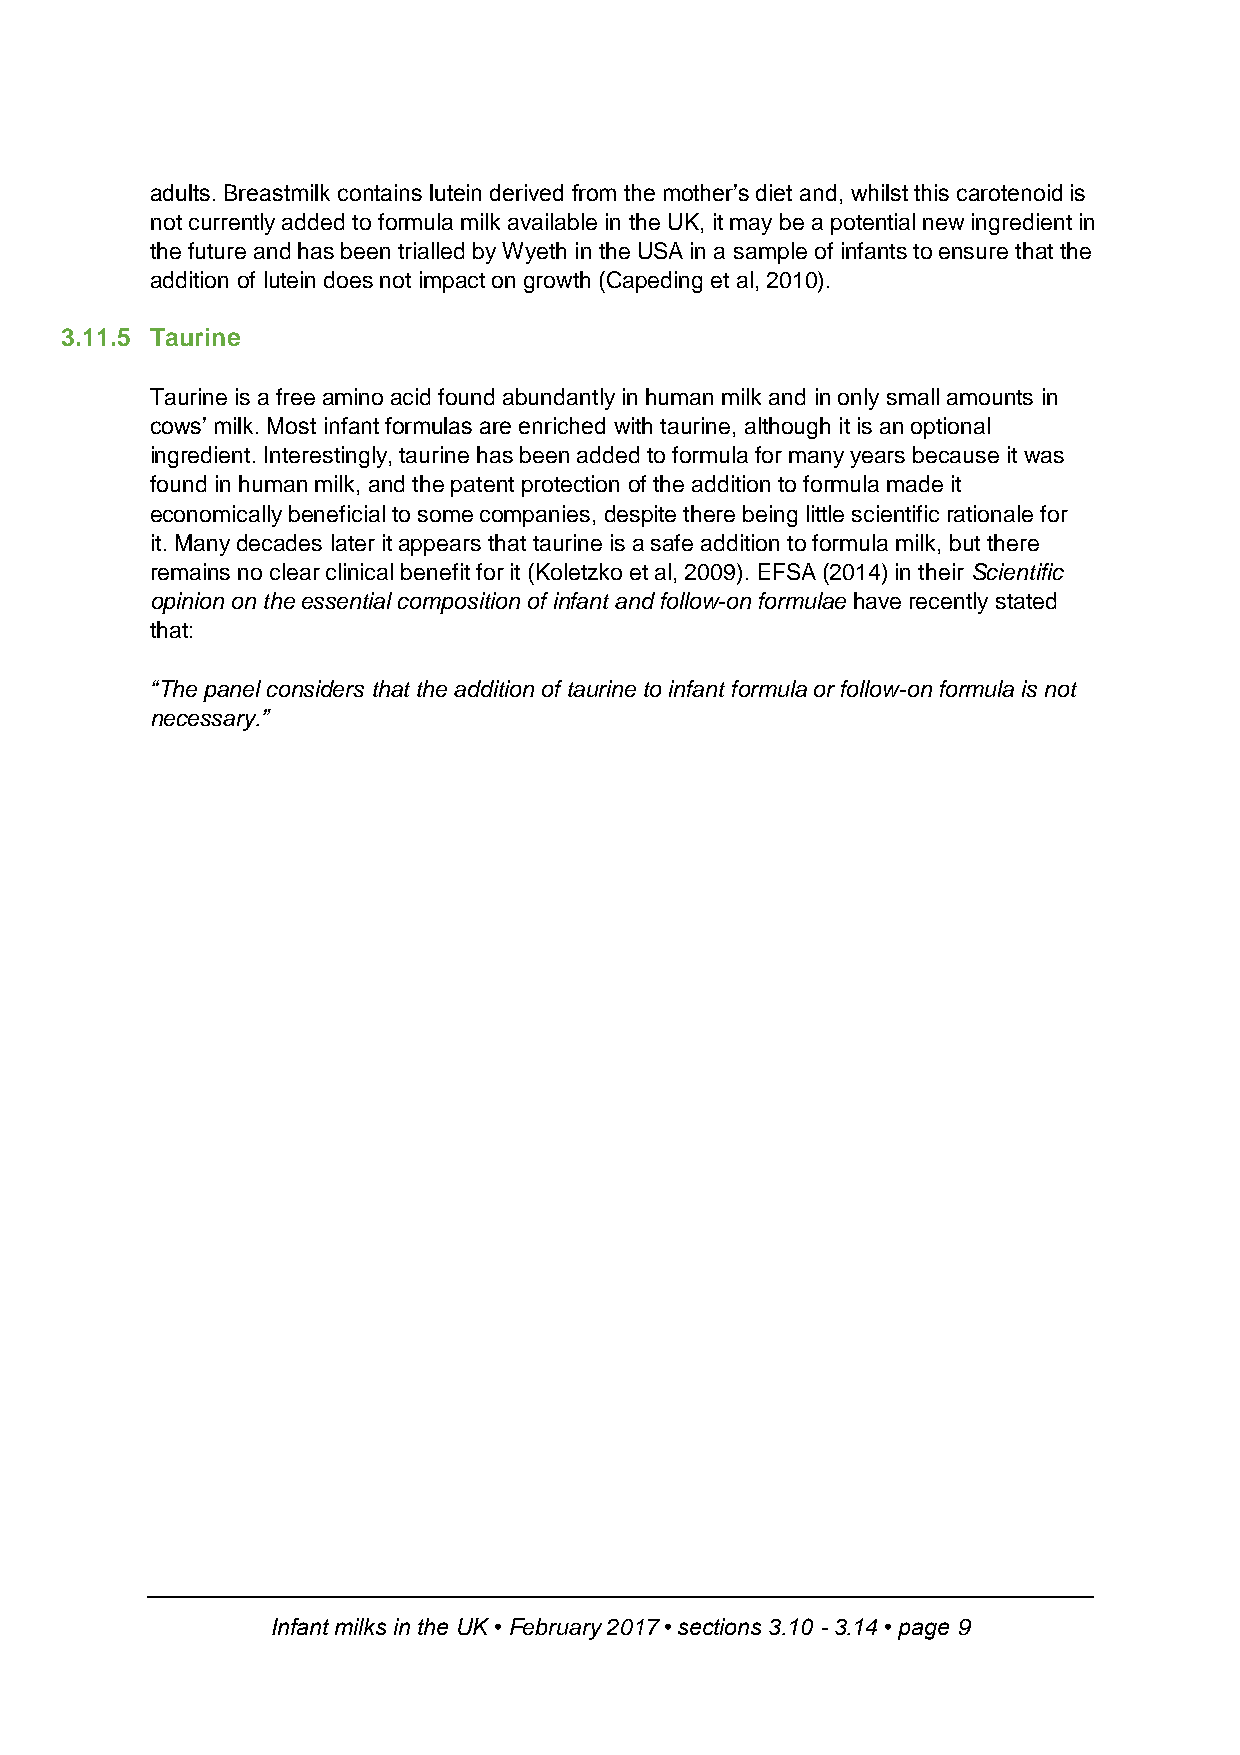
adults. Breastmilk contains lutein derived from the mother’s diet and, whilst this carotenoid is
 not currently added to formula milk available in the UK, it may be a potential new ingredient in
 the future and has been trialled by Wyeth in the USA in a sample of infants to ensure that the
 addition of lutein does not impact on growth (Capeding et al, 2010).
 3.11.5 Taurine
 Taurine is a free amino acid found abundantly in human milk and in only small amounts in
 cows’ milk. Most infant formulas are enriched with taurine, although it is an optional
 ingredient. Interestingly, taurine has been added to formula for many years because it was
 found in human milk, and the patent protection of the addition to formula made it
 economically beneficial to some companies, despite there being little scientific rationale for
 it. Many decades later it appears that taurine is a safe addition to formula milk, but there
 remains no clear clinical benefit for it (Koletzko et al, 2009). EFSA (2014) in their Scientific
 opinion on the essential composition of infant and follow-on formulae have recently stated
 that:
 “The panel considers that the addition of taurine to infant formula or follow-on formula is not
 necessary.”
 Infant milks in the UK • February 2017 • sections 3.10 - 3.14 • page 9